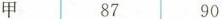
甲8790